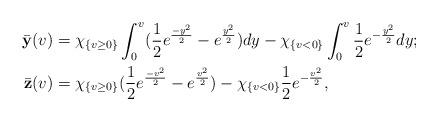
LaTeX: \begin{align*}\bar{\mathbf{y}}(v)&=\chi_{\{v\geq 0\}}\int_0^{v}(\frac12{e^{\frac{-y^2}{2}}}-e^{\frac{y^2}{2}})dy-\chi_{\{v<0\}}\int_0^{v}\frac12{e^{-\frac{y^2}{2}}}dy;\\\bar{\mathbf{z}}(v)&=\chi_{\{v\geq 0\}}(\frac12{e^{\frac{-v^2}{2}}}-e^{\frac{v^2}{2}})-\chi_{\{v<0\}}\frac12{e^{-\frac{v^2}{2}}},\end{align*}